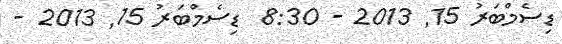
ޑިސެމްބަރު 15